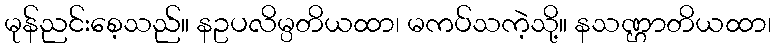
မုန်ညင်းစေ့သည်။ နဥပလိမ္ပတိယထာ၊ မကပ်သကဲ့သို့။ နသဏ္ဌာတိယထာ၊